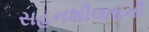
સહનશીલતાની